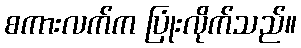
စကားလက်က ပြုံးလိုက်သည်။